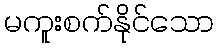
မကူးစက်နိုင်သော